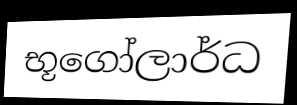
භූගෝලාර්ධ